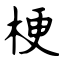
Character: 梗